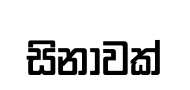
සිනාවක්